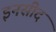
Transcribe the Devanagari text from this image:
इनसीद